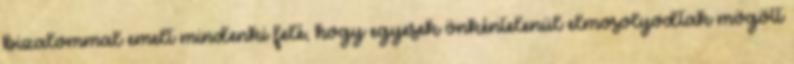
bizalommal emelt mindenki felé, hogy egyesek önkéntelenül elmosolyodtak mögött